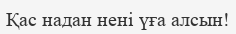
Қас надан нені үға алсын!